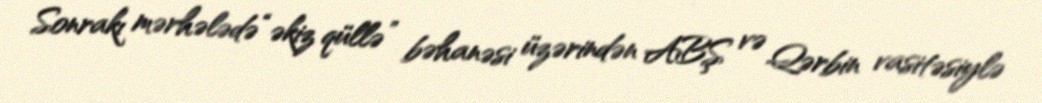
Sonrakı mərhələdə “əkiz qüllə” bəhanəsi üzərindən ABŞ və Qərbin vasitəsiylə